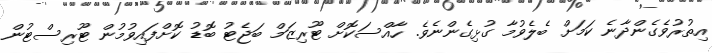
އިތުރުވެގެންދާނެ ކަމަށް ބެލެވުމާ ގުޅިގެންނެވެ. ހާއްސަކޮށް ޓޫރިޒަމް ބަޖެޓު ބޮޑު ކޮށްފައިވުމުން ޓޫރިސްޓުން